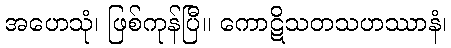
အဟေသုံ၊ ဖြစ်ကုန်ပြီ။ ကောဋိသတသဟဿာနံ၊